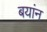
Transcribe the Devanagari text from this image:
बयांन